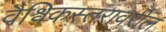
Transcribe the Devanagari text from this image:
वैश्विकस्तरावरील